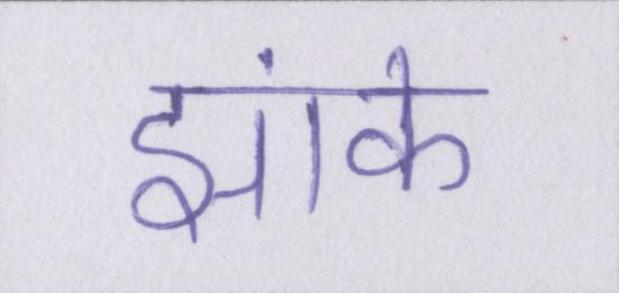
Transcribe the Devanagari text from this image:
झांके